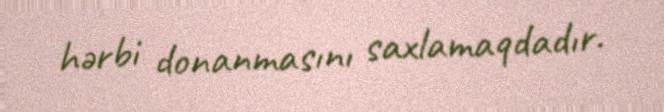
hərbi donanmasını saxlamaqdadır.